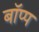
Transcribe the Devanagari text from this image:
बॉप्प